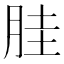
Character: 𱢹